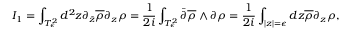
I _ { 1 } = \int _ { T _ { \epsilon } ^ { 2 } } d ^ { 2 } z \partial _ { \bar { z } } \overline { { { \rho } } } \partial _ { z } \rho = \frac { 1 } { 2 i } \int _ { T _ { \epsilon } ^ { 2 } } \bar { \partial } \overline { { { \rho } } } \wedge \partial \rho = \frac { 1 } { 2 i } \int _ { | z | = \epsilon } d z \overline { { { \rho } } } \partial _ { z } \rho ,